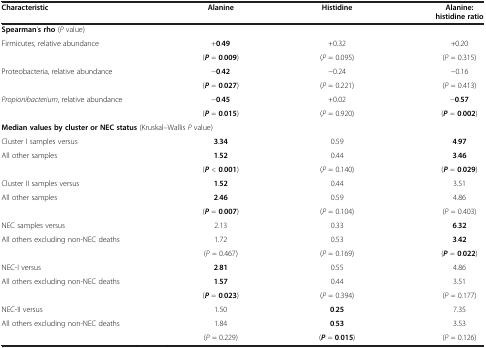
| Characteristic | Alanine | Histidine | Alanine:histidine ratio |
 | --- | --- | --- | --- |
 | <COLSPAN=4> Spearman’s rho (P value) |
 | <ROWSPAN=2> Firmicutes, relative abundance | +0.49 | +0.32 | +0.20 |
 | (P = 0.009) | (P = 0.095) | (P = 0.315) |
 | <ROWSPAN=2> Proteobacteria, relative abundance | −0.42 | −0.24 | −0.16 |
 | (P = 0.027) | (P = 0.221) | (P = 0.413) |
 | <ROWSPAN=2> Propionibacterium, relative abundance | −0.45 | +0.02 | −0.57 |
 | (P = 0.015) | (P = 0.920) | (P = 0.002) |
 | <COLSPAN=4> Median values by cluster or NEC status (Kruskal–Wallis P value) |
 | Cluster I samples versus | 3.34 | 0.59 | 4.97 |
 | <ROWSPAN=2> All other samples | 1.52 | 0.44 | 3.46 |
 | (P < 0.001) | (P = 0.140) | (P = 0.029) |
 | Cluster II samples versus | 1.52 | 0.44 | 3.51 |
 | <ROWSPAN=2> All other samples | 2.46 | 0.59 | 4.86 |
 | (P = 0.007) | (P = 0.104) | (P = 0.403) |
 | NEC samples versus | 2.13 | 0.33 | 6.32 |
 | <ROWSPAN=2> All others excluding non-NEC deaths | 1.72 | 0.53 | 3.42 |
 | (P = 0.467) | (P = 0.169) | (P = 0.022) |
 | NEC-I versus | 2.81 | 0.55 | 4.86 |
 | <ROWSPAN=2> All others excluding non-NEC deaths | 1.57 | 0.44 | 3.51 |
 | (P = 0.023) | (P = 0.394) | (P = 0.177) |
 | NEC-II versus | 1.50 | 0.25 | 7.35 |
 | All others excluding non-NEC deaths | 1.84 | 0.53 | 3.53 |
 |  | (P = 0.229) | (P = 0.015) | (P = 0.126) |